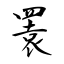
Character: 瞏